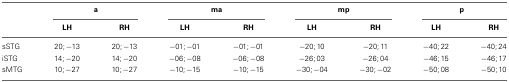
|  | <COLSPAN=2> a | <COLSPAN=2> ma | <COLSPAN=2> mp | <COLSPAN=2> p |
 |  | LH | RH | LH | RH | LH | RH | LH | RH |
 | --- | --- | --- | --- | --- | --- | --- | --- | --- |
 | sSTG | 20; −13 | 20; −13 | −01; −01 | −01; −01 | −20; 10 | −20; 11 | −40; 22 | −40; 24 |
 | iSTG | 14; −20 | 14; −20 | −06; −08 | −06; −08 | −26; 03 | −26; 04 | −46; 15 | −46; 17 |
 | sMTG | 10; −27 | 10; −27 | −10; −15 | −10; −15 | −30; −04 | −30; −02 | −50; 08 | −50; 10 |